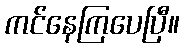
ကင်နေကြပေပြီ။